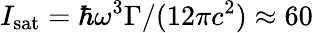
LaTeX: I_{\mathrm{sat}}=\hbar\omega^{3}\Gamma/(12\pi c^{2})\approx 60